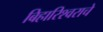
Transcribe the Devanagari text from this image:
बिहारिश्वराचे